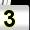
Digit: 3